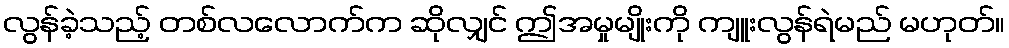
လွန်ခဲ့သည့် တစ်လလောက်က ဆိုလျှင် ဤအမှုမျိုးကို ကျူးလွန်ရဲမည် မဟုတ်။